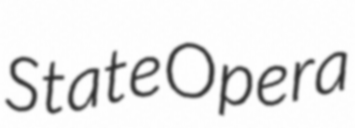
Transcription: State Opera